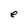
Character: e